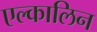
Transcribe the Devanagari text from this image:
एल्कालिन